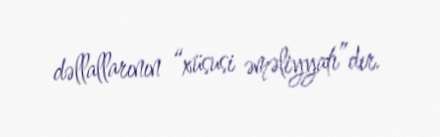
dəllallarının “xüsusi əməliyyatı”dır.